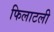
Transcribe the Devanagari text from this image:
फिलाटली